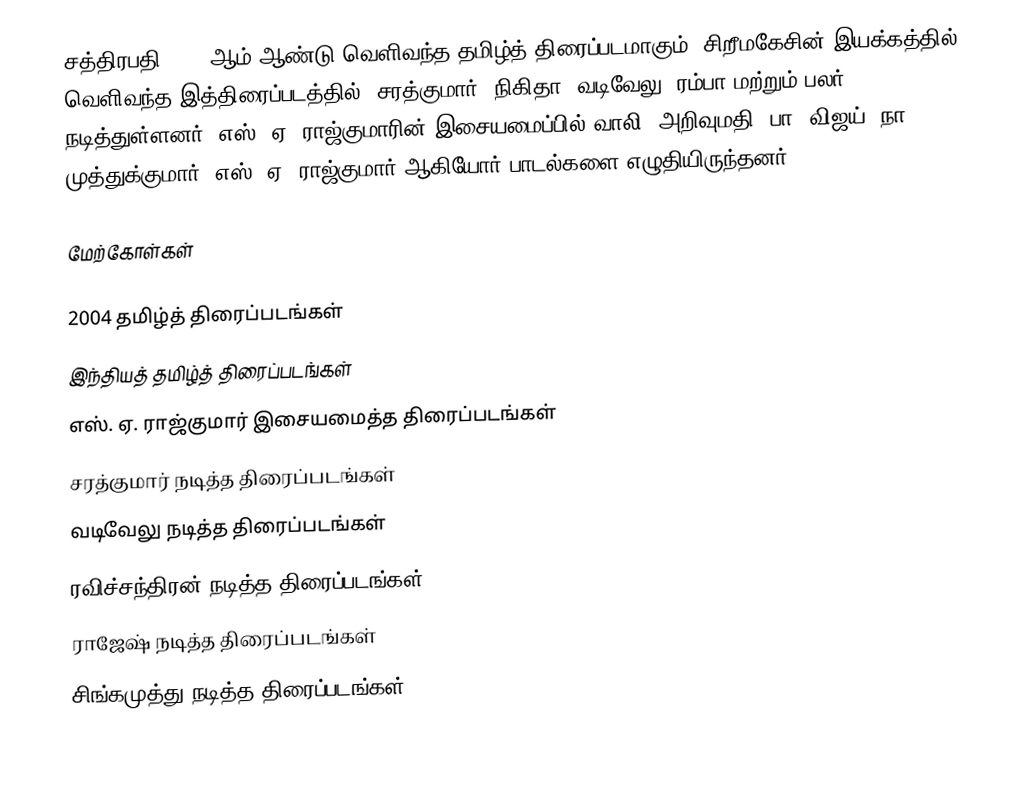
சத்திரபதி 2004 ஆம் ஆண்டு வெளிவந்த தமிழ்த் திரைப்படமாகும். சிறீமகேசின் இயக்கத்தில் வெளிவந்த இத்திரைப்படத்தில், சரத்குமார், நிகிதா, வடிவேலு, ரம்பா மற்றும் பலர் நடித்துள்ளனர். எஸ். ஏ. ராஜ்குமாரின் இசையமைப்பில் வாலி, அறிவுமதி, பா. விஜய், நா. முத்துக்குமார், எஸ். ஏ. ராஜ்குமார் ஆகியோர் பாடல்களை எழுதியிருந்தனர்.

மேற்கோள்கள்

2004 தமிழ்த் திரைப்படங்கள்
இந்தியத் தமிழ்த் திரைப்படங்கள்
எஸ். ஏ. ராஜ்குமார் இசையமைத்த திரைப்படங்கள்
சரத்குமார் நடித்த திரைப்படங்கள்
வடிவேலு நடித்த திரைப்படங்கள்
ரவிச்சந்திரன் நடித்த திரைப்படங்கள்
ராஜேஷ் நடித்த திரைப்படங்கள்
சிங்கமுத்து நடித்த திரைப்படங்கள்